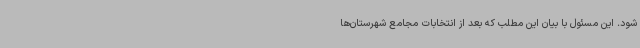
شود. این مسئول با بیان این مطلب که بعد از انتخابات مجامع شهرستان‌ها